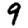
Digit: 9